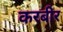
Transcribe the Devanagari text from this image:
करबीर